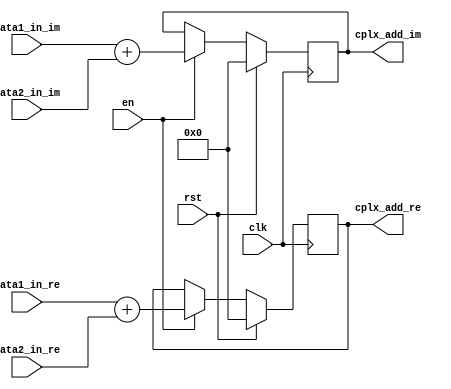
`timescale 1ns / 1ps
//////////////////////////////////////////////////////////////////////////////////
// Company: 
// Engineer: 
// 
// Design Name: 
// Module Name:    ComplexADD 
// Project Name: 
// Target Devices: 
// Tool versions: 
// Description: 
//
// Dependencies: 
//
// Revision: 
// Revision 0.01 - File Created
// Additional Comments: 
//
//////////////////////////////////////////////////////////////////////////////////
module ComplexADD(
		input clk,
		input rst,
		input en,
		input [31:0]data1_in_re,
		input [31:0]data1_in_im,
		input [31:0]data2_in_re,
		input [31:0]data2_in_im,
		output [31:0]cplx_add_re,
		output [31:0]cplx_add_im

    );
		
	reg [31:0]cplx_add_re_reg;
	reg [31:0]cplx_add_im_reg;
	
	initial 
		begin 
			cplx_add_re_reg<=0;
			cplx_add_im_reg<=0;
		end	
		
		
		always @(posedge clk)
			begin 
				if(rst)
					begin 
						cplx_add_re_reg <= 0;
						cplx_add_im_reg <= 0;
					end
				else
					begin
						if(en)
							begin 
								cplx_add_re_reg <= data1_in_re+data2_in_re;
								cplx_add_im_reg <= data1_in_im+data2_in_im;
							end	
					end 
			end 
			
			assign cplx_add_re = cplx_add_re_reg;
			assign cplx_add_im = cplx_add_im_reg;
		
endmodule